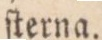
ſterna.